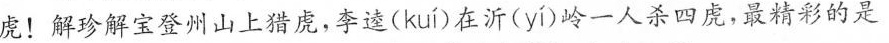
虎！解珍解宝登州山上猎虞，李逵( kuí )在沂( yí )岭一人杀四虏，最精彩的是